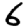
Digit: 6